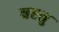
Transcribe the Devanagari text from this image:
बह्तु